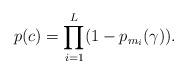
LaTeX: \begin{align*} p(c)=\prod_{i=1}^{L}(1-p_{m_i}(\gamma)). \end{align*}